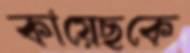
কায়েছকে